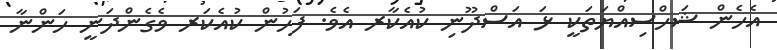
އެހެން ޝަހްސިއްޔަތަކީ ޅަ އަސްދޫނި ކުއެކާރ އެވެ. ފަހުން ކުއެކަރ ވެގެންދަނީ ހަންނާ